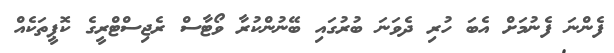
ފެންނަ ފެނުމަށް އެބަ ހުރި ދެވަނަ ބުރުގައި ބޭނުންކުރާ ވޯޓާސް ރެޖިސްޓްރީގެ ކޮޕީތަކެއް